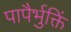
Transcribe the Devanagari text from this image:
पापैर्भुक्तिं